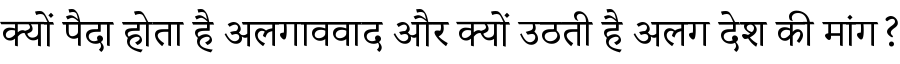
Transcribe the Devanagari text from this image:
क्यों पैदा होता है अलगाववाद और क्यों उठती है अलग देश की मांग?